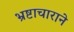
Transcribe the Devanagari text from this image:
भ्रष्टाचाराने